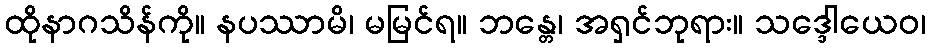
ထိုနာဂသိန်ကို။ နပဿာမိ၊ မမြင်ရ။ ဘန္တေ၊ အရှင်ဘုရား။ သဒ္ဒေါယေဝ၊